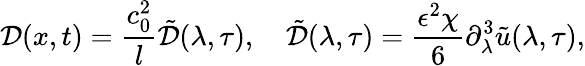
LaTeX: \mathcal{D}(x,t)=\frac{c_{0}^{2}}{l}\tilde{\mathcal{D}}(\lambda,\tau),~~~~\tilde{\mathcal{D}}(\lambda,\tau)=\frac{\epsilon^{2}\chi}{6}\partial_{\lambda}^{3}\tilde{u}(\lambda,\tau),